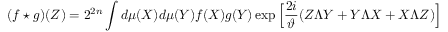
( f \star g ) ( Z ) = 2 ^ { 2 n } \int d \mu ( X ) d \mu ( Y ) f ( X ) g ( Y ) \exp \Big [ \frac { 2 i } { \vartheta } ( Z \Lambda Y + Y \Lambda X + X \Lambda Z ) \Big ]